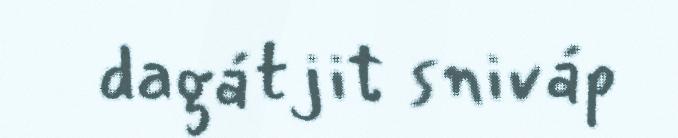
dagátjit sniváp